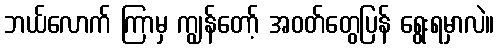
ဘယ်လောက် ကြာမှ ကျွန်တော့် အဝတ်တွေပြန် ရွေးရမှာလဲ။